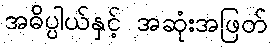
အဓိပ္ပါယ်နှင့် အဆုံးအဖြတ်